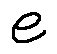
e